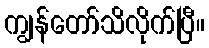
ကျွန်တော်သိလိုက်ပြီ။